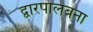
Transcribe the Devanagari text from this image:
द्वारपालबना